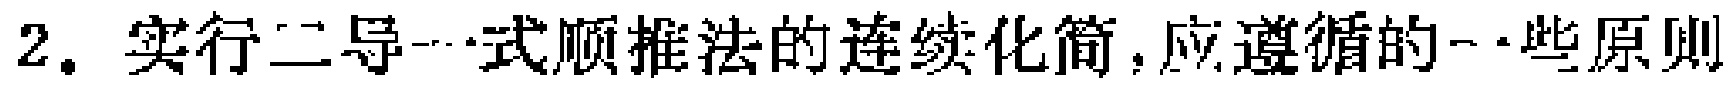
2. 实行二导一式顺推法的连续化简，应遵循的一些原则